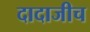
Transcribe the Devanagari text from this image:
दादाजीच